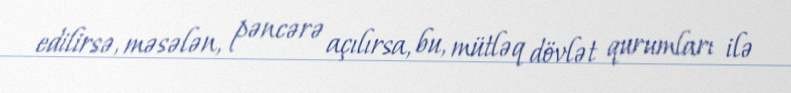
edilirsə, məsələn, pəncərə açılırsa, bu, mütləq dövlət qurumları ilə